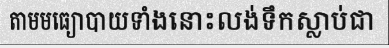
តាមមធ្យោបាយទាំងនោះលង់ទឹកស្លាប់ជា